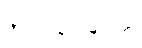
အသုံးပြုသူများထံ